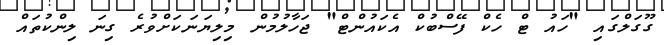
ގޫގަލްގައި "ހައު ޓް ހެކް ފޭސްބުކް އެކައުންޓް" ޖަހާލުމުން މިލިޔަނަކަށްވުރެ ގިނަ ލިންކުތައް